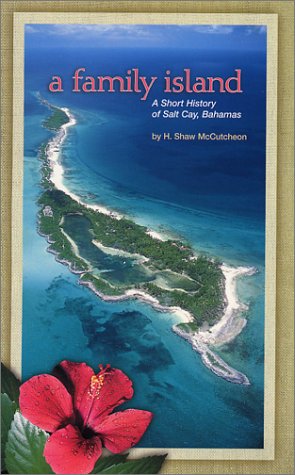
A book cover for A Family Island; H. Shaw McCutcheon; Travel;